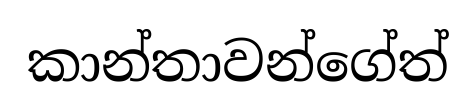
කාන්තාවන්ගේත්